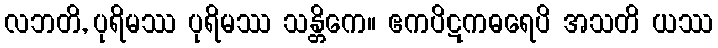
လဘတိ, ပုရိမဿ ပုရိမဿ သန္တိကေ။ ဧကပိဋကဓရေပိ အသတိ ယဿ